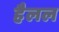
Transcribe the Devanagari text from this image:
हैलल